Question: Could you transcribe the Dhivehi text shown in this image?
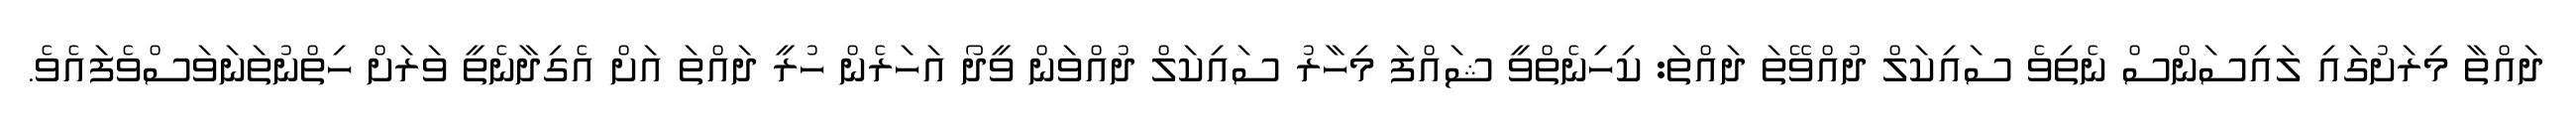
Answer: ދައްތާ މިރަށުގައި ލައިސަންސް ނެތިވެ ސައިކަލް ދުއްވޭތަ ދައްތަ: ކިހިނެތްވީ ޝައްފަ މިހާރު ސައިކަލް ދުއްވަން ވީދޯ އަހަރެން ހުރީ ދައްތަ އަށް އެގިދާނެތީ ވަރަށް ހިތްނުތަނަވަސްވެފައެވެ.